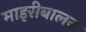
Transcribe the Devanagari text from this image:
माइरीबालन